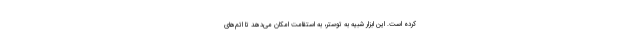
کرده است. این ابزار شبیه به توستر، به استقامت امکان می‌دهد تا اتم‌های